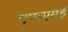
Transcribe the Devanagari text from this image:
एफएसई